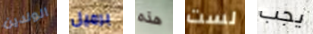
الولدين برميل هذه لست يجب